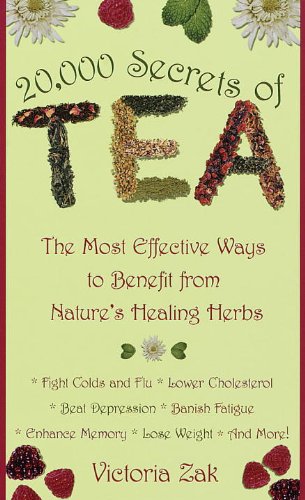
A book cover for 20,000 Secrets of Tea: The Most Effective Ways to Benefit from Nature's Healing Herbs; Victoria Zak; Cookbooks, Food & Wine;